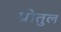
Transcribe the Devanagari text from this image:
प्रोतुल